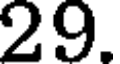
29.